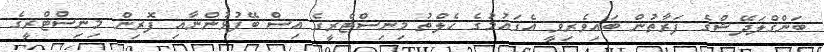
ބަންގްލަދޭޝްގެ ފަރާތުން ބައިވެރިވީ އެގައުމުގެ ހެލްތު މިނިސްޓްރީގެ އިސް ބޭފުޅުންނާއި ފޮރިން މިނިސްޓްރީގެ